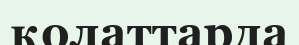
қолаттарда